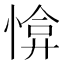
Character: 𢜰